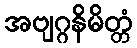
အဗျဂ္ဂနိမိတ္တံ